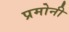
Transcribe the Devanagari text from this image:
प्रमोनी